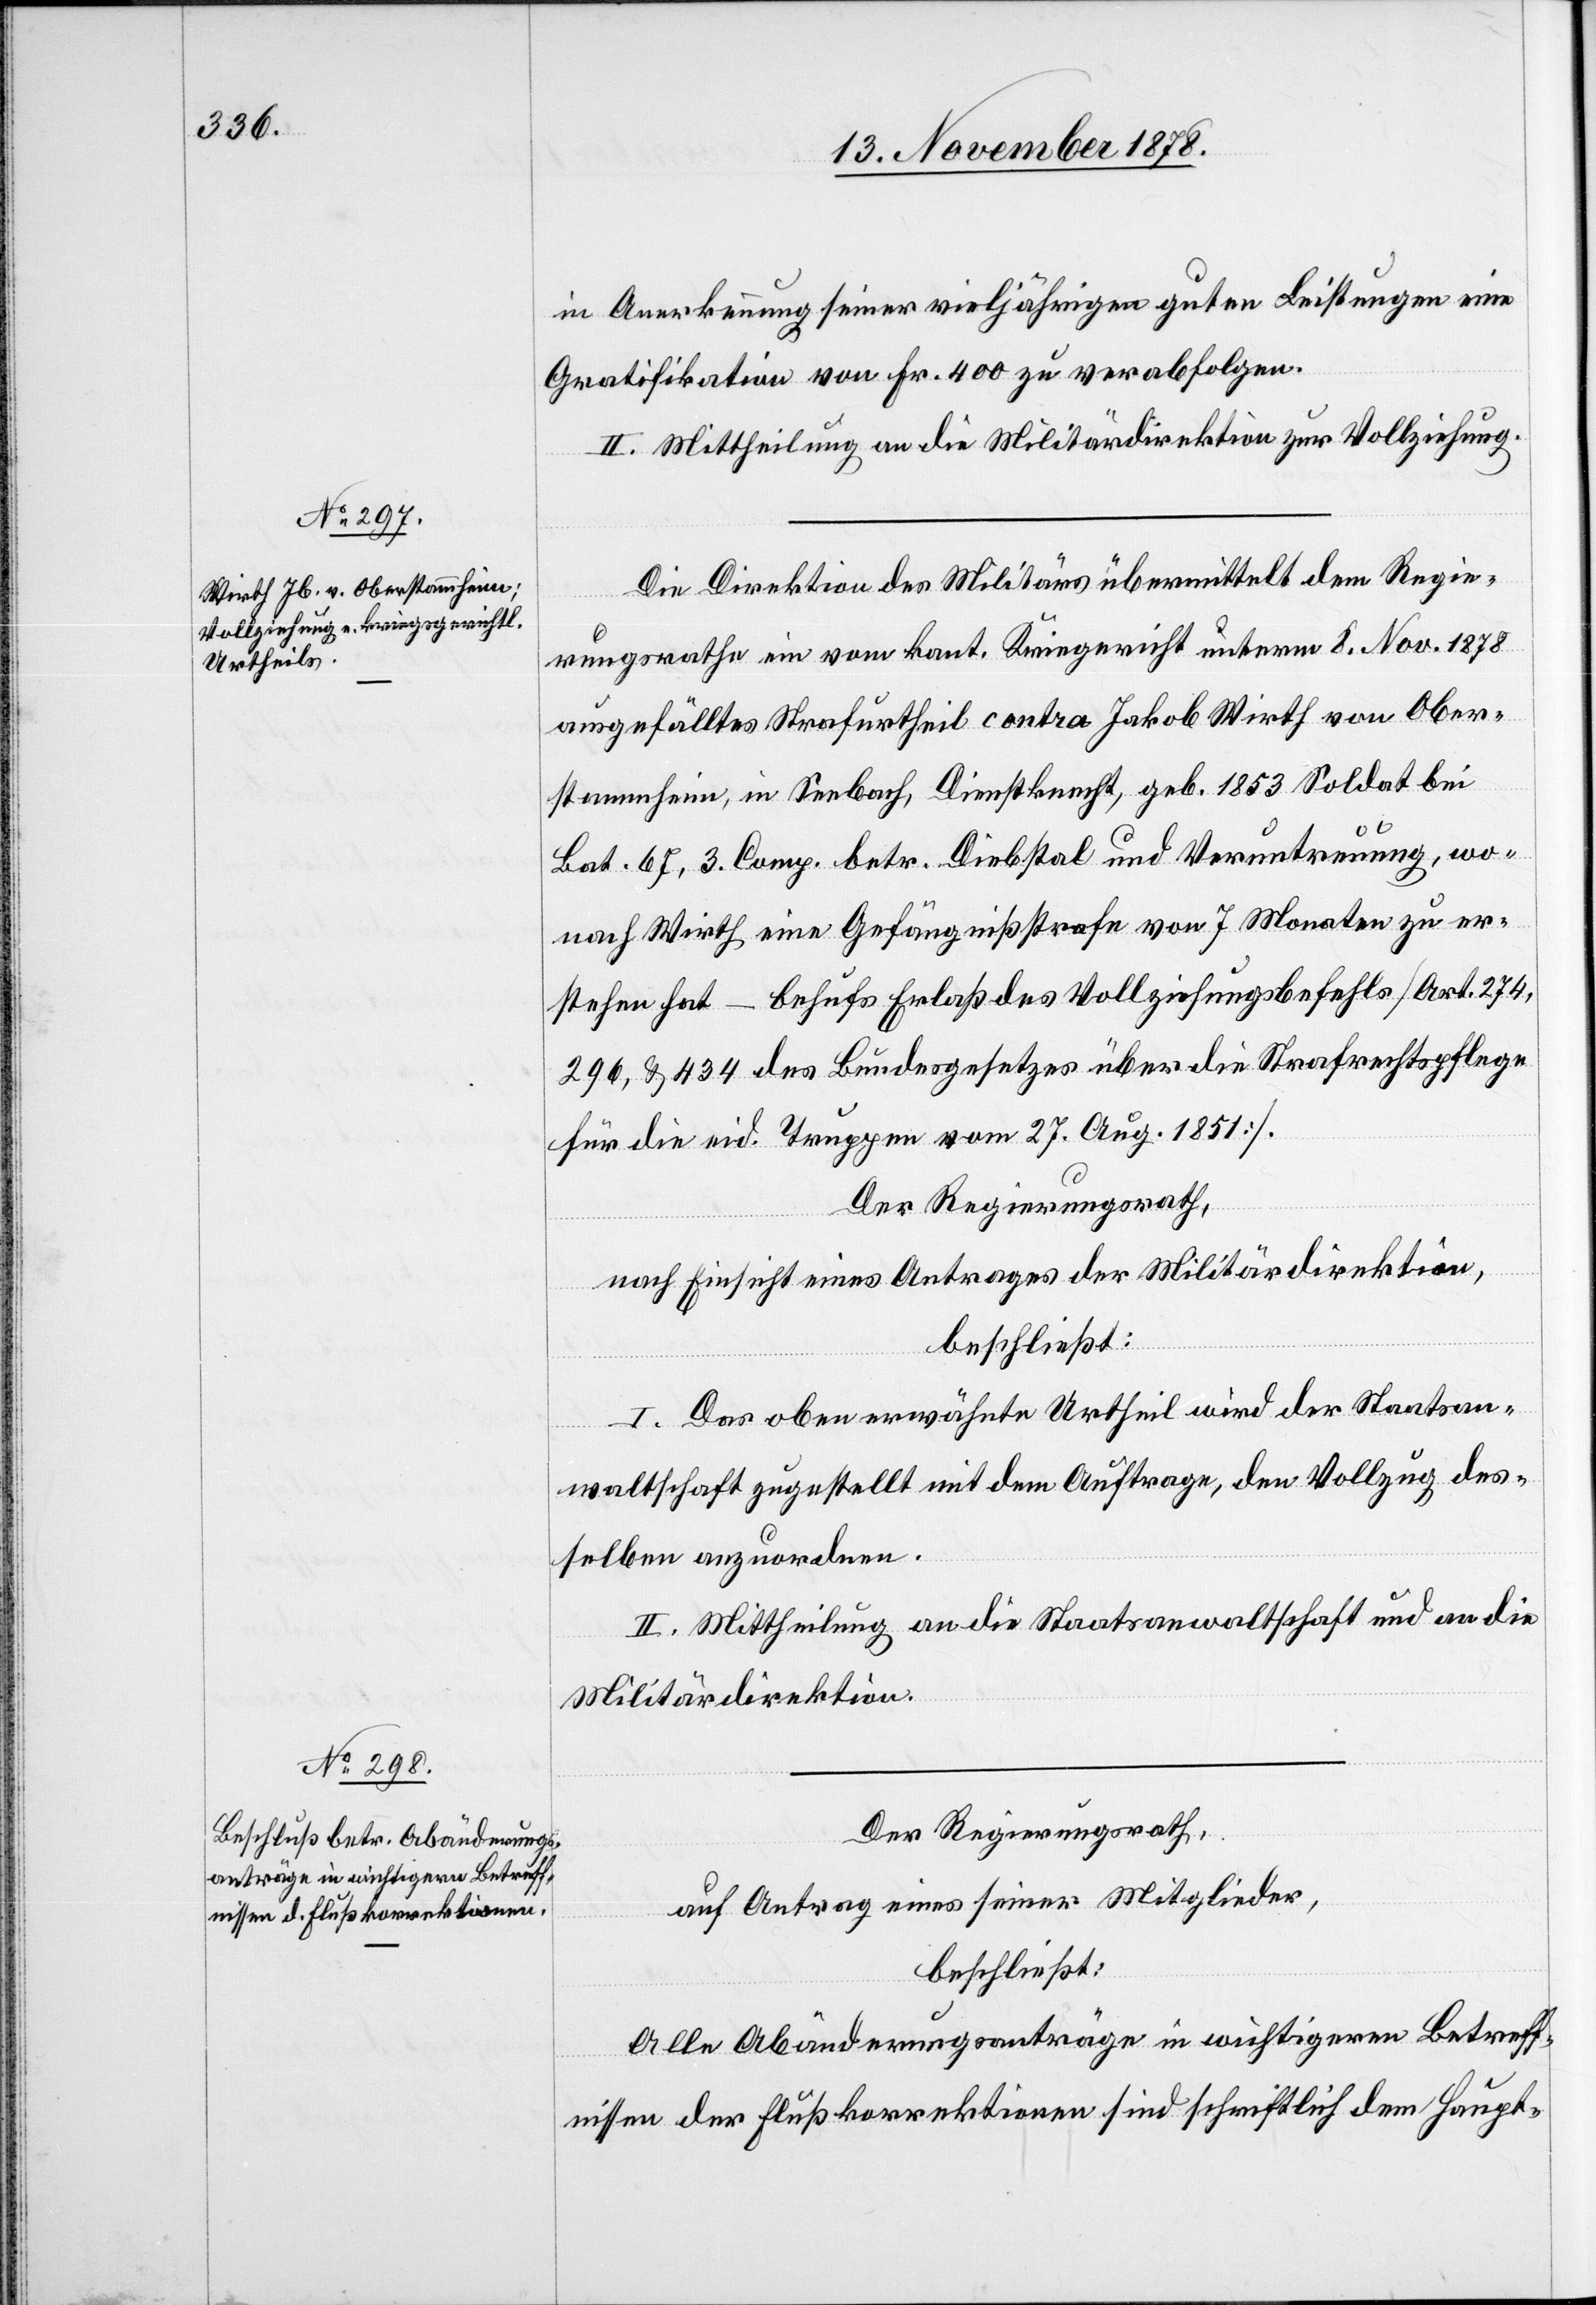
in Anerkennung seiner vieljährigen guten Leistungen eine
Gratifikation von Fr. 400 zu verabfolgen.
II. Mittheilung an die Militärdirektion zur Vollziehung.
Die Direktion des Militärs übermittelt dem Regie¬
Nov.
rungsrathe ein vom kant. Kriegericht [recte: Kriegs¬
ausgefälltes Strafurtheil contra Jakob Wirth von Ober¬
stammheim, in Seebach, Dienstknecht, geb. 1853 Soldat bei
Bat. 67, 3. Comp. betr. Diebstal und Veruntreuung, wo¬
nach Wirth eine Gefängnißstrafe von 7 Monaten zu er¬
stehen hat – behufs Erlaß des Vollziehungsbefehls [Art. 274,
296, & 434 des Bundesgesetzes über die Strafrechtspflege
für die eid. Truppen vom 27. Aug. 1851].
Der Regierungsrath,
nach Einsicht eines Antrages der Militärdirektion,
beschließt:
I. Das obenerwähnte Urtheil wird der Staatsan¬
rm 8.
waltschaft zugestellt mit dem Auftrage, den Vollzug des¬
selben anzuordnen.
II. Mittheilung an die Staatsanwaltschaft und an die
Militärdirektion.
Der Regierungsrath,
auf Antrag eines seiner Mitglieder,
beschließt:
Alle Abänderungsanträge in wichtigeren Betreff¬
nissen der Flußkorrektionen sind schriftlich dem Haupt-